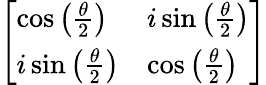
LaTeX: \left[\begin{array}{ll}{\cos\left({\frac{\theta}{2}}\right)}&{i\sin\left({\frac{\theta}{2}}\right)}\\ {i\sin\left({\frac{\theta}{2}}\right)}&{\cos\left({\frac{\theta}{2}}\right)}\end{array}\right]